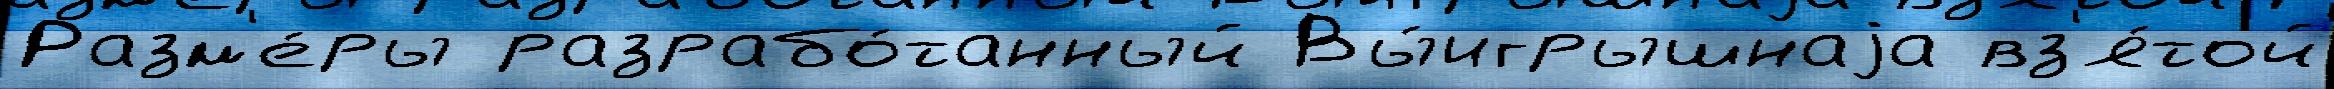
Разм'е́ры разрабо́танный Вы́игрышнаjа вз'я́той